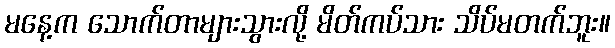
မနေ့က သောက်တာများသွားလို့ မိတ်ကပ်သား သိပ်မတက်ဘူး။